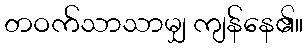
တဝက်သာသာမျှ ကျန်နေ၏။